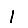
Digit: 1